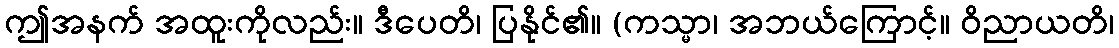
ဤအနက် အထူးကိုလည်း။ ဒီပေတိ၊ ပြနိုင်၏။ (ကသ္မာ၊ အဘယ်ကြောင့်။ ဝိညာယတိ၊